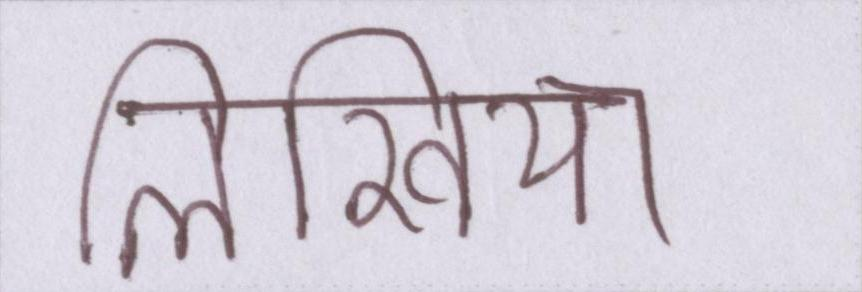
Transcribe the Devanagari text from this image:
लिखिया